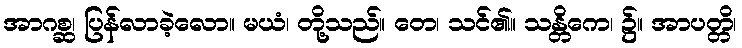
အာဂစ္ဆ၊ ပြန်လာခဲ့လော။ မယံ၊ တို့သည်။ တေ၊ သင်၏။ သန္တိကေ၊ ၌။ အာပတ္တိ၊